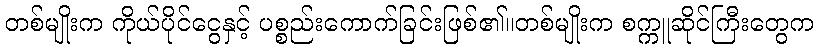
တစ်မျိုးက ကိုယ်ပိုင်ငွေနှင့် ပစ္စည်းကောက်ခြင်းဖြစ်၏။တစ်မျိုးက စက္ကူဆိုင်ကြီးတွေက